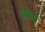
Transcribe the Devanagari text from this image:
डुपिट